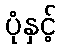
ပုံနှင့်